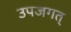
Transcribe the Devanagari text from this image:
उपजगत्